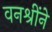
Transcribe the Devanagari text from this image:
वनश्रींने